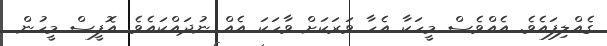
ގެއްލިފައެވެ. އެއްވެސް މީހަކާ އެހާ ވަރަކަށް ވާހަކަ އެއް ނުދައްކައެވެ. އޮފީސް މީހުން